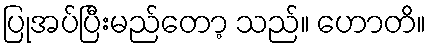
ပြုအပ်ပြီးမည်တော့ သည်။ ဟောတိ။